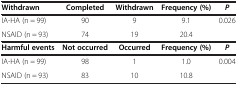
| Withdrawn | Completed | Withdrawn | Frequency (%) | P |
 | --- | --- | --- | --- | --- |
 | IA-HA (n = 99) | 90 | 9 | 9.1 | 0.026 |
 | NSAID (n = 93) | 74 | 19 | 20.4 |  |
 | Harmful events | Not occurred | Occurred | Frequency (%) | P |
 | IA-HA (n = 99) | 98 | 1 | 1.0 | 0.004 |
 | NSAID (n = 93) | 83 | 10 | 10.8 |  |